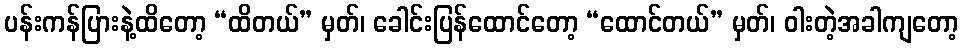
ပန်းကန်ပြားနဲ့ထိတော့ “ထိတယ်” မှတ်၊ ခေါင်းပြန်ထောင်တော့ “ထောင်တယ်” မှတ်၊ ဝါးတဲ့အခါကျတော့